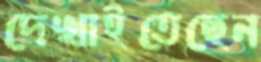
দেখাইতেছেন